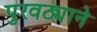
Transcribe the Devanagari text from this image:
पुरवठ्याने